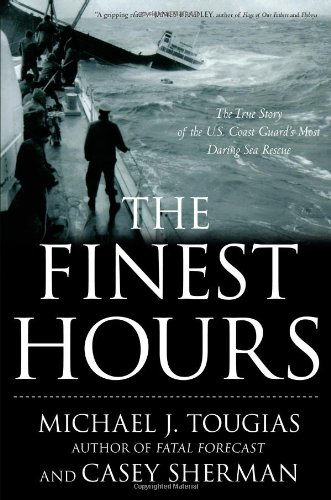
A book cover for The Finest Hours: The True Story of the U.S. Coast Guard's Most Daring Sea Rescue; Michael J. Tougias; Engineering & Transportation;